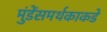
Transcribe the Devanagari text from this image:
मुंडेंसमर्थकाकडे